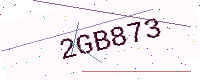
Text: 2GB873